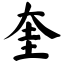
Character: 奎